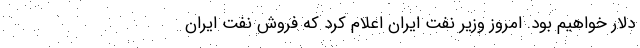
دلار خواهیم بود. امروز وزیر نفت ایران اعلام کرد که فروش نفت ایران